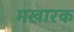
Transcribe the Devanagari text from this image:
मखारक